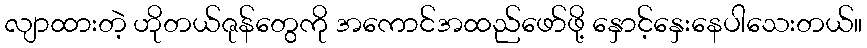
လျာထားတဲ့ ဟိုတယ်ဇုန်တွေကို အကောင်အထည်ဖော်ဖို့ နှောင့်နှေးနေပါသေးတယ်။